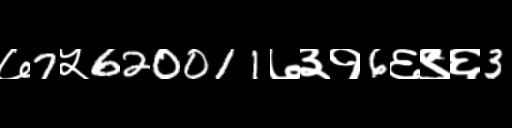
Text: ७7५620011७३१6६९६3